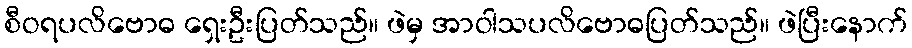
စီဝရပလိဗောဓ ရှေးဦးပြတ်သည်။ ဖဲမှ အာဝါသပလိဗောဓပြတ်သည်။ ဖဲပြီးနောက်